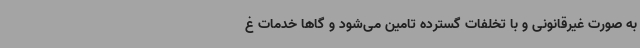
به صورت غیرقانونی و با تخلفات گسترده تامین می‌شود و گاهاً خدمات غ